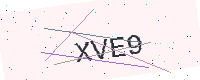
Text: XVE9